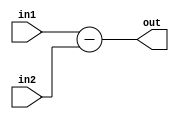
`timescale 1ns / 1ps
//////////////////////////////////////////////////////////////////////////////////
// Company: 
// Engineer: 
// 
// Design Name: 
// Module Name: sub
// Project Name: 
// Target Devices: 
// Tool Versions: 
// Description: 
// 
// Dependencies: 
// 
// Revision:
// Revision 0.01 - File Created
// Additional Comments:
// 
//////////////////////////////////////////////////////////////////////////////////


module sub(output [8:0] out, input [8:0] in1,in2);
assign out=in1-in2;
endmodule